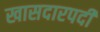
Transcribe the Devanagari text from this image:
खासदारपदी